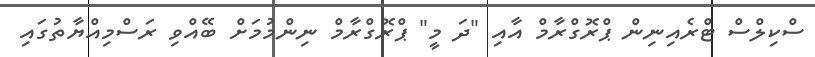
ސްކިލްސް ޓްރެއިނިން ޕްރޮގްރާމް އާއި "ދަ މީ" ޕްރޮގްރާމް ނިންމުމަށް ބޭއްވި ރަސްމިއްޔާތުގައި